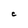
Character: C